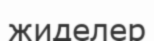
жиделер